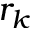
r _ { k }